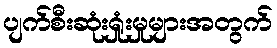
ပျက်စီးဆုံးရှုံးမှုများအတွက်